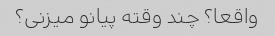
واقعا؟ چند وقته پیانو میزنی؟